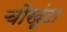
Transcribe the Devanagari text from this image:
चौखूंटा